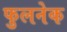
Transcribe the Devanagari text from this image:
फुलनेक